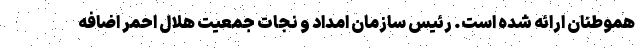
هموطنان ارائه شده است. رئیس سازمان امداد و نجات جمعیت هلال احمر اضافه